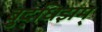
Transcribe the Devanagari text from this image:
बुद्धिझम्